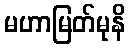
မဟာမြတ်မုနိ